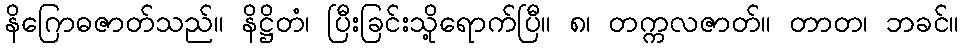
နိဂြောဓဇာတ်သည်။ နိဋ္ဌိတံ၊ ပြီးခြင်းသို့ရောက်ပြီ။ ၈၊ တက္ကလဇာတ်။ တာတ၊ ဘခင်။